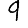
Digit: 9